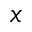
x